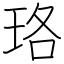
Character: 珞